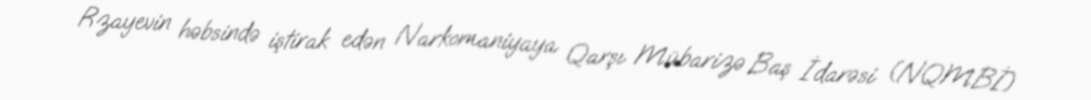
Rzayevin həbsində iştirak edən Narkomaniyaya Qarşı Mübarizə Baş İdarəsi (NQMBİ)